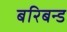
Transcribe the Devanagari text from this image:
बरिबन्ड